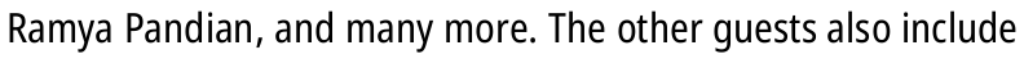
Ramya Pandian, and many more. The other guests also include